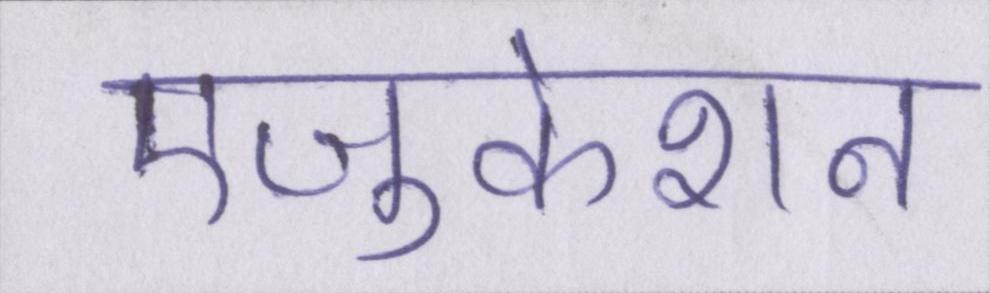
एजुकेशन